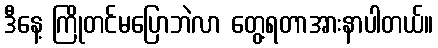
ဒီနေ့ ကြိုတင်မပြောဘဲလာ တွေ့ရတာအားနာပါတယ်။